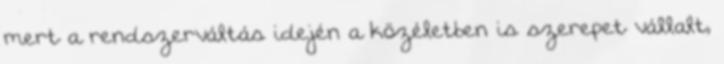
mert a rendszerváltás idején a közéletben is szerepet vállalt,